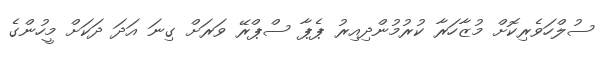
ސުލްހަވެރިކޮށް މުޒާހަރާ ކުރުމުންދިއިރު ޕެޕާ ސްޕްރޭ ވަރަށް ގިނަ އަދަ ދަކަށް މީހުންގެ